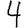
Digit: 4